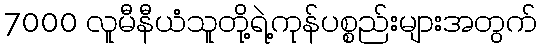
7000 လူမီနီယံသူတို့ရဲ့ကုန်ပစ္စည်းများအတွက်